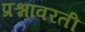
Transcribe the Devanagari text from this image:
प्रश्नांवरती